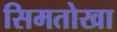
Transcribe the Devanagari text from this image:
सिमतोखा